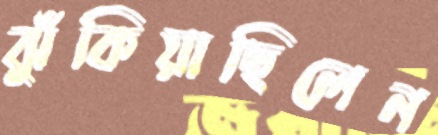
ঝুঁকিয়াছিলেন